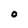
Character: O